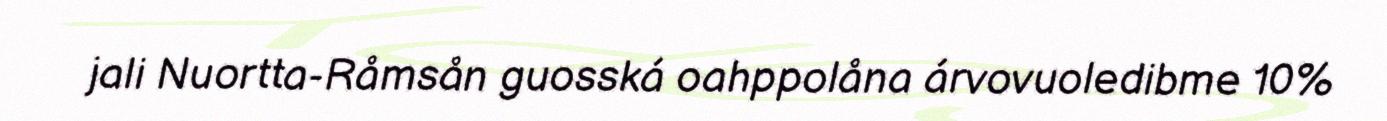
jali Nuortta-Råmsån guosská oahppolåna árvovuoledibme 10%